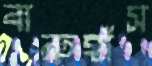
বারুহাঁস